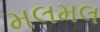
મલમલ